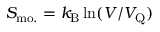
S _ { \mathrm { m o . } } = k _ { \mathrm { B } } \ln ( V / V _ { \mathrm { Q } } )